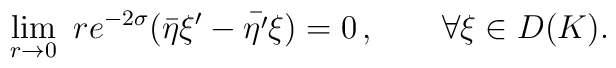
\lim_{r\rightarrow 0}~ r e^{-2\sigma} (\bar{\eta} \xi' -  \bar{\eta'} \xi) =0 \, , \qquad \forall \xi \in D(K).